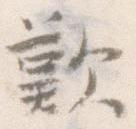
歎